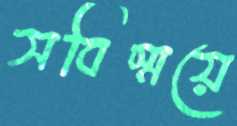
সবিস্ময়ে